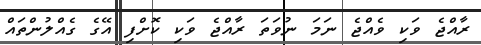
ރާއްޖެ ވަކި ވެއްޖެ ނަމަ ނުވަތަ ރާއްޖެ ވަކި ކޮށްފި އޭގެ ގެއްލުންތައް